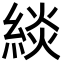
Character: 緂